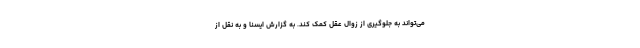
می‌تواند به جلوگیری از زوال عقل کمک کند. به گزارش ایسنا و به نقل از